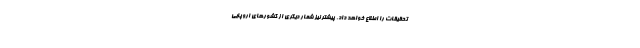
تحقیقات را اطلاع خواهد داد. پیشتر نیز شمار دیگری از کشورهای اروپایی